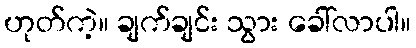
ဟုတ်ကဲ့။ ချက်ချင်း သွား ခေါ်လာပါ။